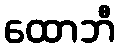
ထောဘီ